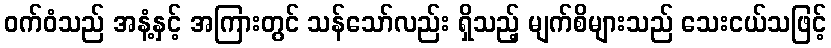
ဝက်ဝံသည် အနံ့နှင့် အကြားတွင် သန်သော်လည်း ရှိသည့် မျက်စိများသည် သေးငယ်သဖြင့်